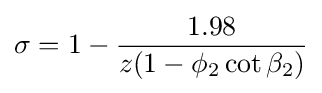
\sigma =1-{\frac {1.98}{z(1-\phi _{2}\cot \beta _{2})}}